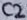
Text: C2